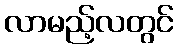
လာမည့်လတွင်